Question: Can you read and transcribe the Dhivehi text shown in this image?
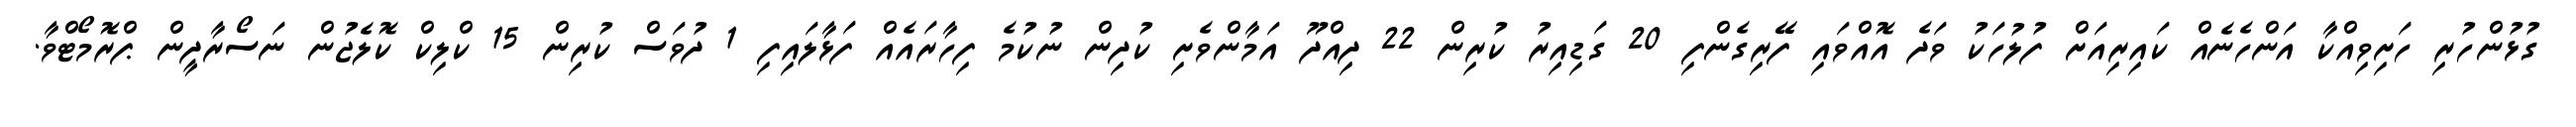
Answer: ގުޅުންހުރި ހަށިވިއްކާ އަންހެނެއް ކައިރިއަށް ފުލުހަކު ވަދެ އޮއްވައި ފޭރިގެންފި 20 ގަޑިއިރު ކުރިން 22 ދިއްދޫ އަމާންވެށި ކުދިން ނުކުމެ ފިހާރައެއް ފަޅާލައިފި 1 ދުވަސް ކުރިން 15 ކްލިކް ކޮލެޖުން ނަސޯރާދީން ޕްރޮމޯޓްވާ.